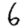
Digit: 6